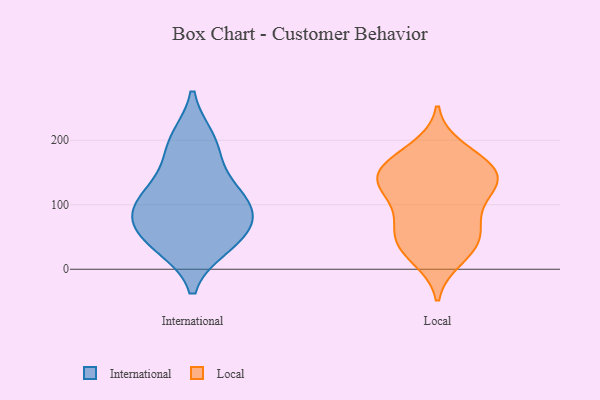
{"axis": {"x": "Revenue (USD Million)", "y": "Value"}, "legend": ["International", "Local"], "data": [{"x": "", "y": 111, "type": "International"}, {"x": "", "y": 38, "type": "International"}, {"x": "", "y": 189, "type": "International"}, {"x": "", "y": 200, "type": "International"}, {"x": "", "y": 54, "type": "International"}, {"x": "", "y": 94, "type": "International"}, {"x": "", "y": 79, "type": "International"}, {"x": "", "y": 44, "type": "International"}, {"x": "", "y": 135, "type": "International"}, {"x": "", "y": 97, "type": "International"}, {"x": "", "y": 187, "type": "Local"}, {"x": "", "y": 155, "type": "Local"}, {"x": "", "y": 131, "type": "Local"}, {"x": "", "y": 116, "type": "Local"}, {"x": "", "y": 148, "type": "Local"}, {"x": "", "y": 17, "type": "Local"}, {"x": "", "y": 125, "type": "Local"}, {"x": "", "y": 141, "type": "Local"}, {"x": "", "y": 61, "type": "Local"}, {"x": "", "y": 74, "type": "Local"}, {"x": "", "y": 165, "type": "Local"}, {"x": "", "y": 42, "type": "Local"}, {"x": "", "y": 28, "type": "Local"}, {"x": "", "y": 131, "type": "Local"}, {"x": "", "y": 170, "type": "Local"}, {"x": "", "y": 79, "type": "Local"}, {"x": "", "y": 42, "type": "Local"}]}